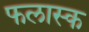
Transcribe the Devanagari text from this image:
फलास्क